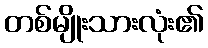
တစ်မျိုးသားလုံး၏